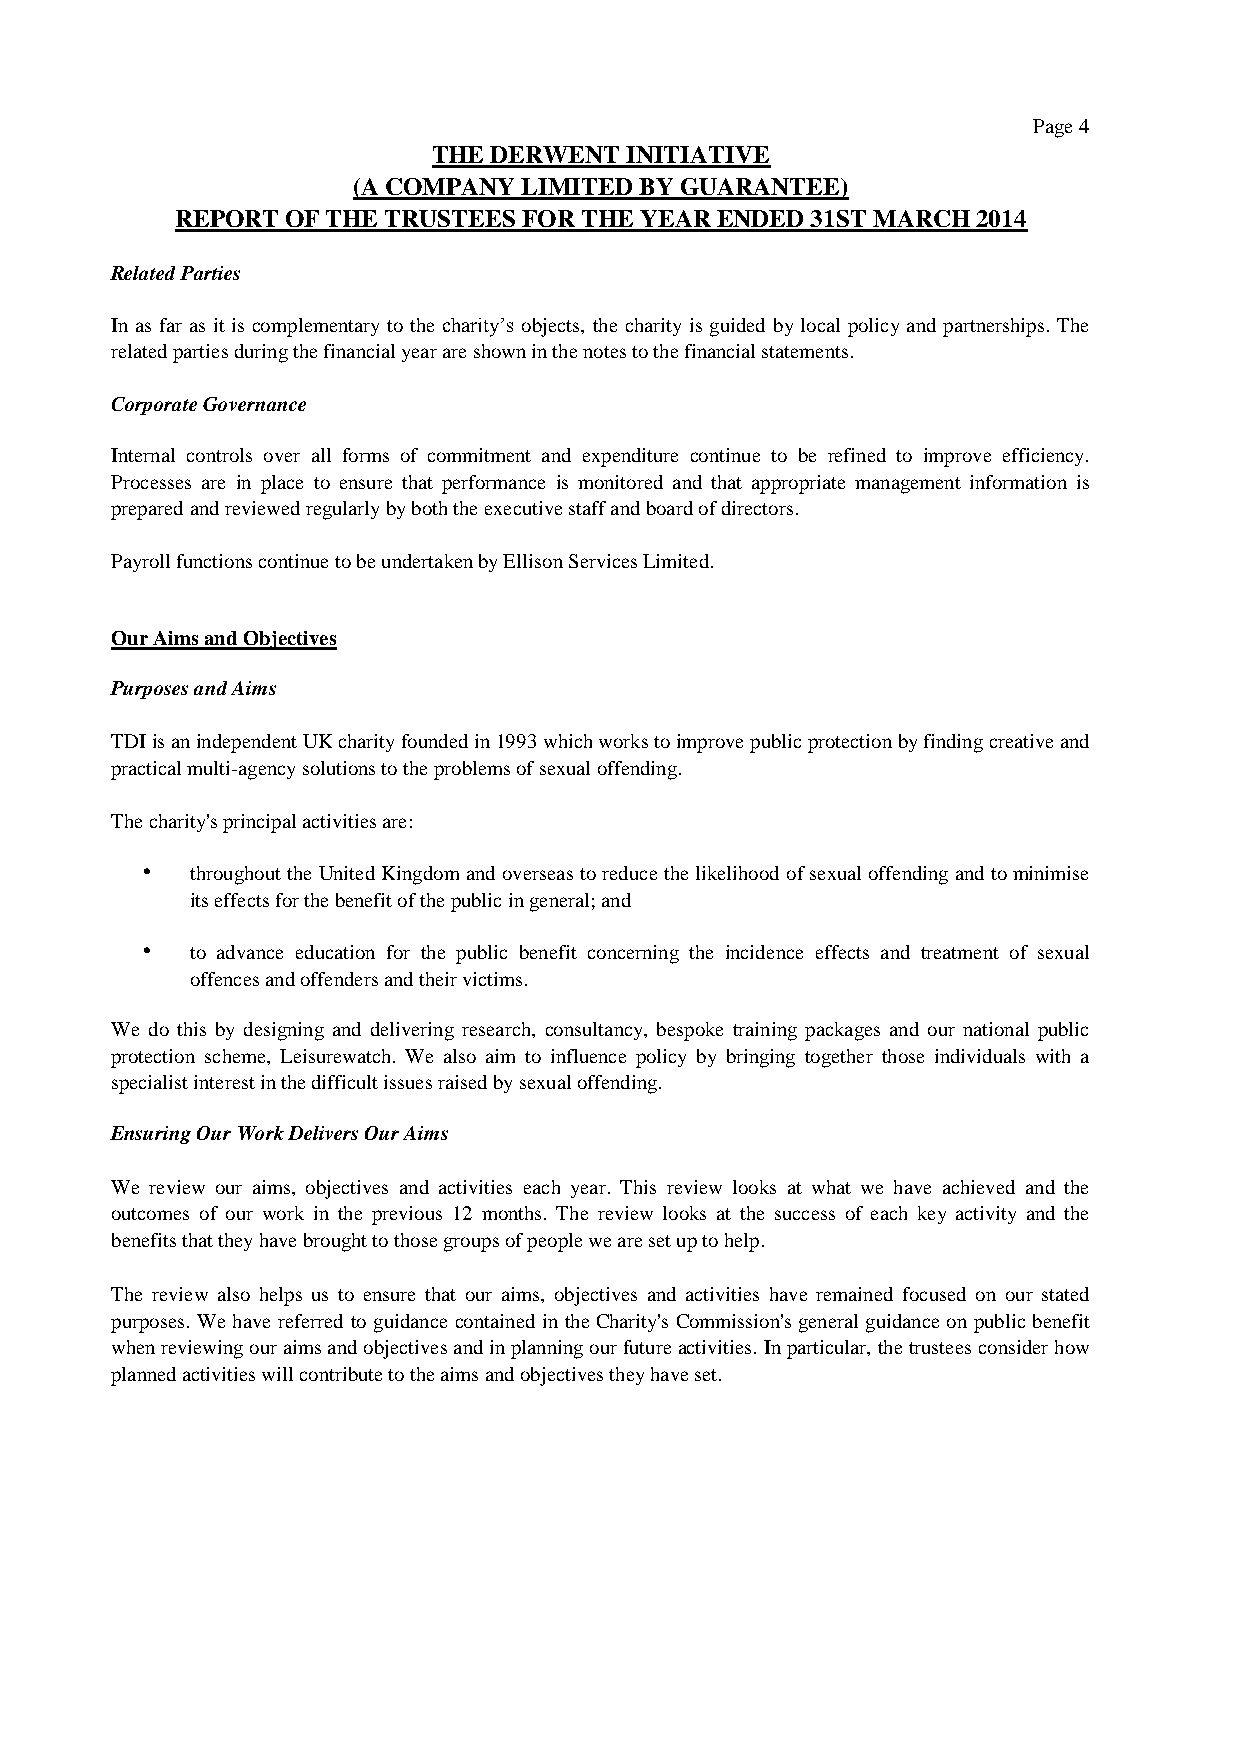
Page 4
 THE DERWENT INITIATIVE
 (A COMPANY  LIMITED BY GUARANTEE)
 REPORT OF THE TRUSTEES FOR THE YEAR ENDED 31ST MARCH 2014
 Related Parties
 In as far as it is complementary to the charity’s objects, the charity is guided by local policy and partnerships. The
 related parties during the financial year are shown in the notes to the financial statements.
 Corporate Governance
 Internal controls over all forms of commitment and expenditure continue to be refined to improve efficiency.
 Processes are in place to ensure that performance is monitored and that appropriate management information is
 prepared and reviewed regularly by both the executive staff and board of directors.
 Payroll functions continue to be undertaken by Ellison Services Limited.
 Our Aims and Objectives
 Purposes and Aims
 TDIisanindependentUKcharityfoundedin1993whichworkstoimprovepublicprotectionbyfindingcreativeand
 practical multi-agency solutions to the problems of sexual offending.
 The charity's principal activities are:
    throughout the United Kingdomand overseasto reduce thelikelihood ofsexual offendingand tominimise
 its effects for the benefit of the public in general; and
    to advance education for the public benefit concerning the incidence effects and treatment of sexual
 offences and offenders and their victims.
 We do this by designing and delivering research, consultancy, bespoke training packages and our national public
 protection scheme, Leisurewatch. We also aim to influence policy by bringing together those individuals with a
 specialist interest in the difficult issues raised by sexual offending.
 Ensuring Our Work Delivers Our Aims
 We review our aims, objectives and activities each year. This review looks at what we have achieved and the
 outcomes of our work in the previous 12 months. The review looks at the success of each key activity and the
 benefits that they have brought to those groups of people we are set up to help.
 The review also helps us to ensure that our aims, objectives and activities have remained focused on our stated
 purposes. We have referred to guidance contained in the Charity's Commission'sgeneral guidance on public benefit
 whenreviewingouraimsandobjectivesandinplanningourfutureactivities.Inparticular,thetrusteesconsiderhow
 planned activities will contribute to the aims and objectives they have set.